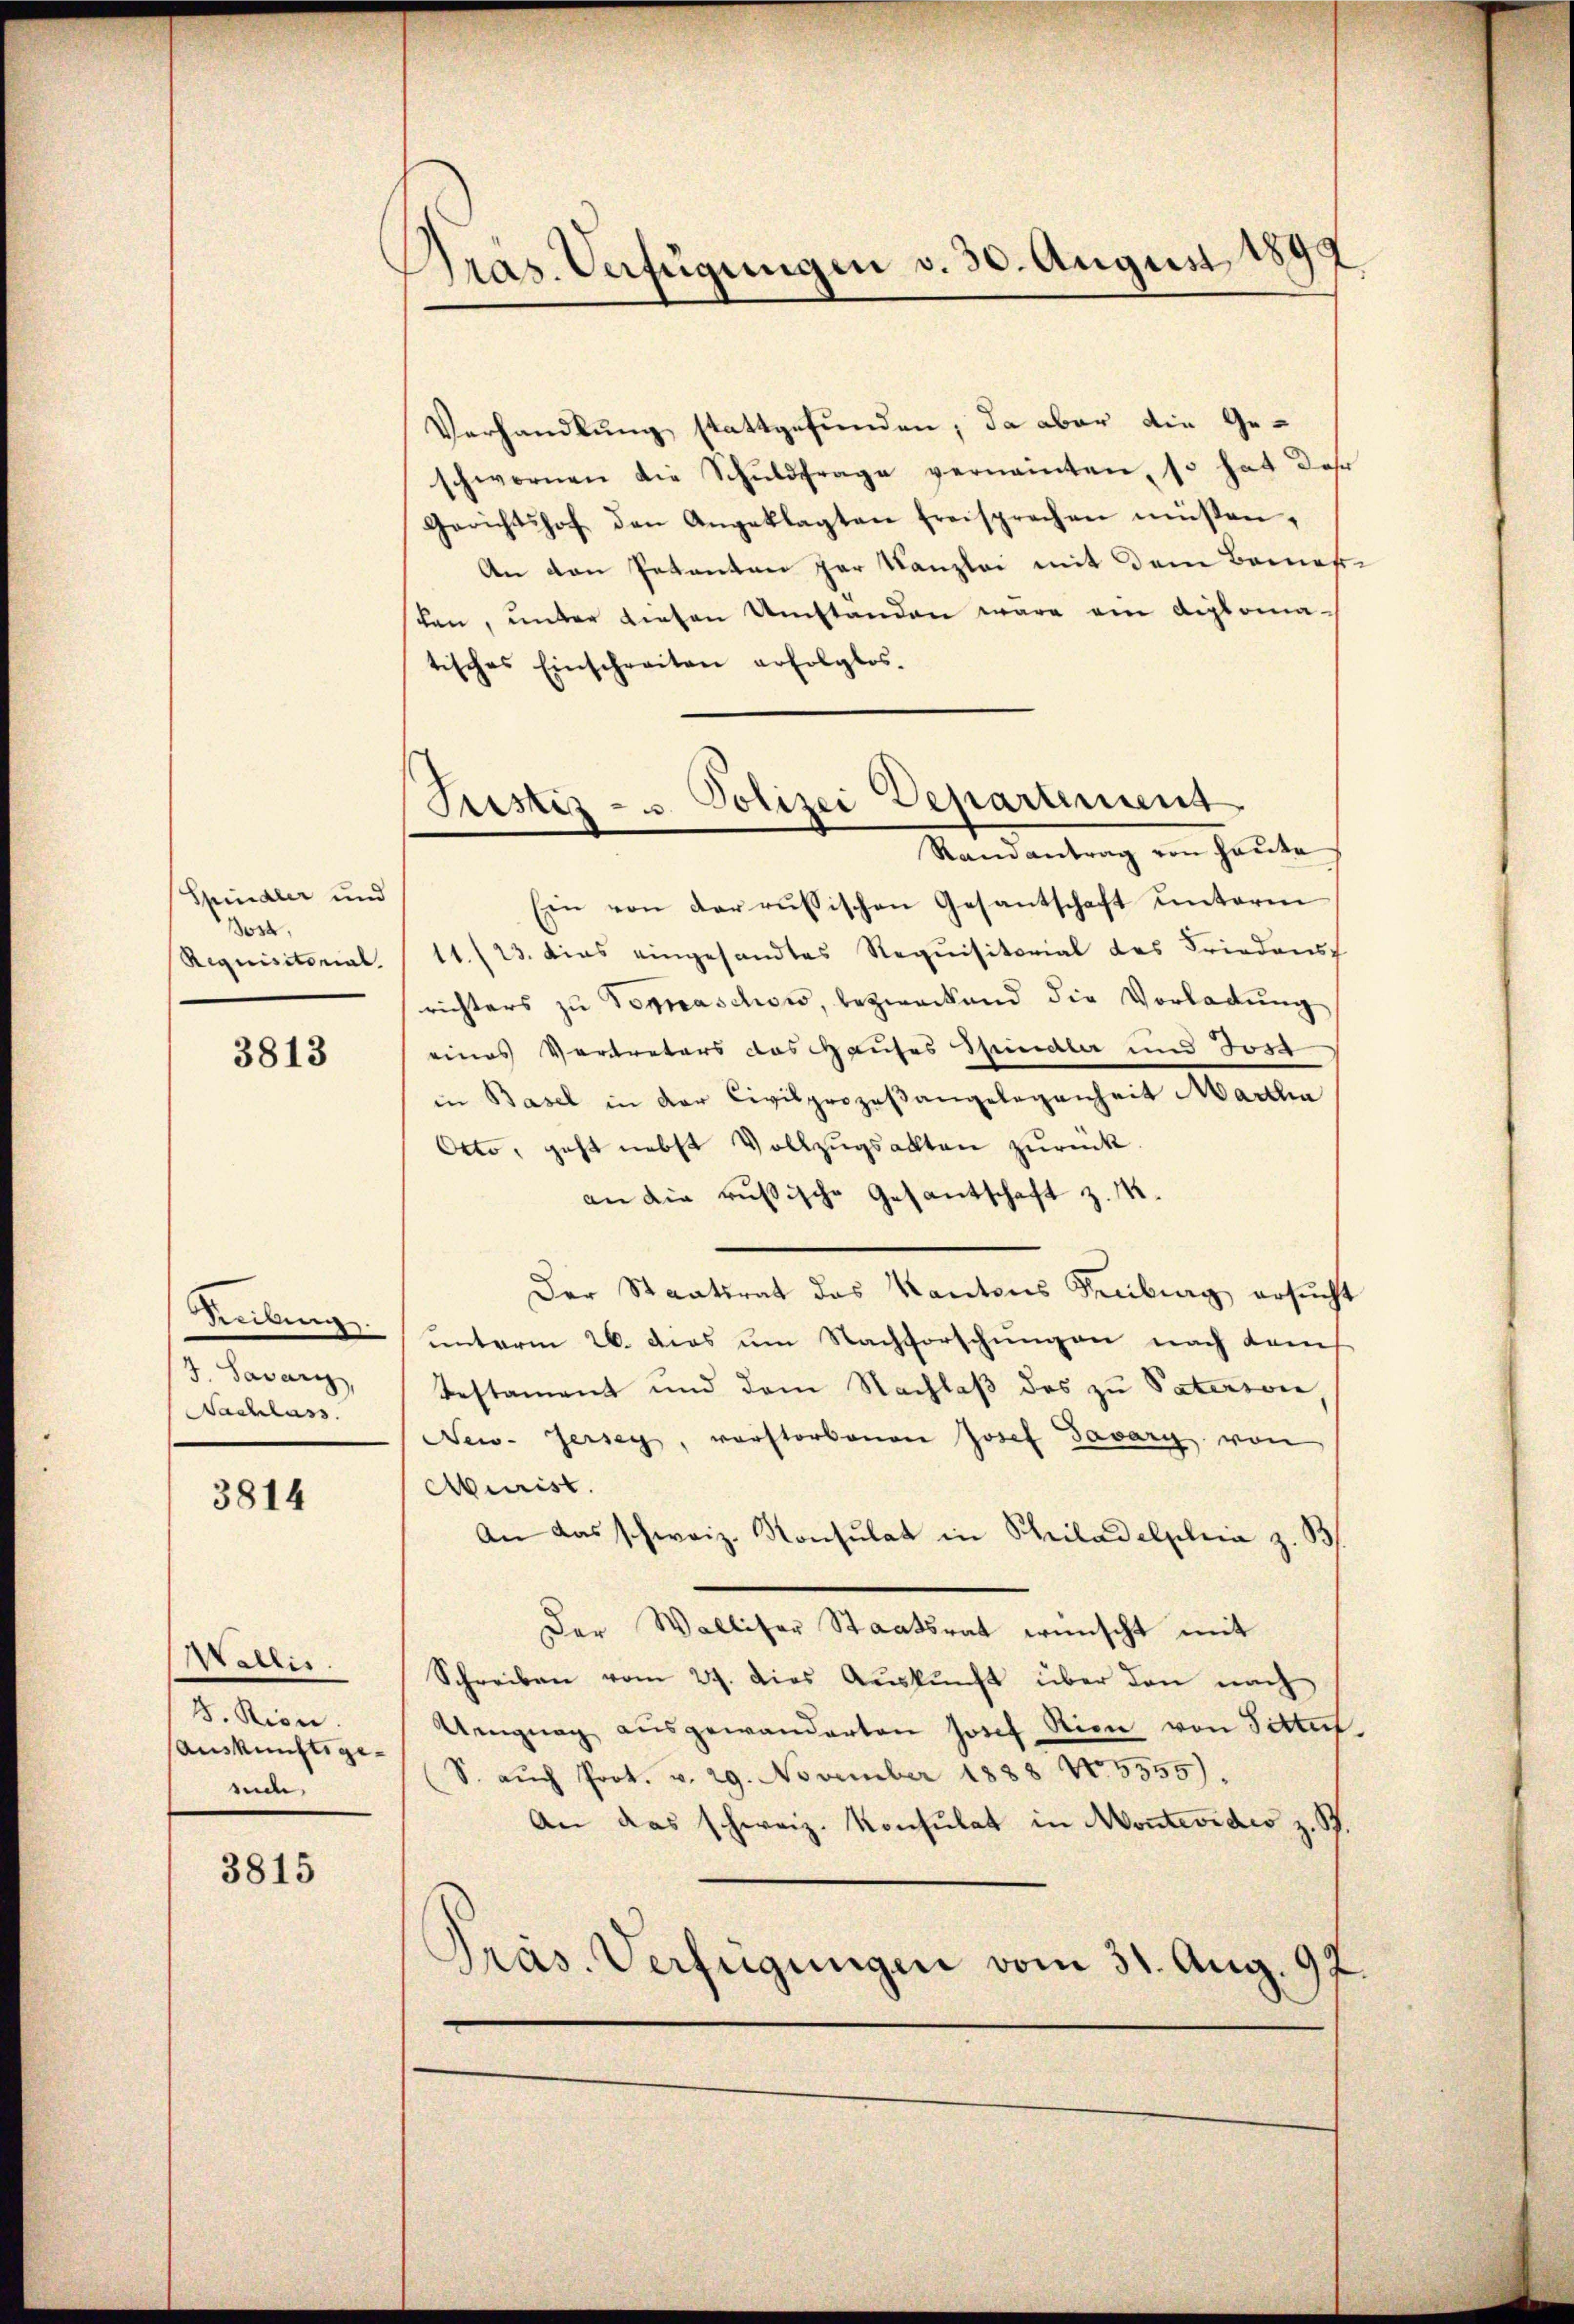
Spindler und
ost,
Requisitorial.

3813

Tübing
J. Savary,
Nachlass.

3814

Wallis.
J. Rion
Auskunftsgeside

3815

Pras. Verfügungen v. 30. August 1899

Justiz- & Polizei Departement

Verhandlung stattgefunden, da aber die Geschwornen die Schŭldfrage vernannten, so hat das
Gerichtshof den Angeklagten freisprechen müsten,
An den Petenten per Kanzlei mit dem Bemessten, ŭnter diesen Umstanden wäre ein Diplomatisches Einschreiten erfolglos.
Randantrag von heute
Ein von der russischen Gesantschaft unterm
11./23. dies eingesandtes Requisitorial des Friedens
richters zu Tomaschon, bezweckend die Vorladung
eines Vertreters das Hauses Spindler und Jos
in Basel in der Civilprozeßangelegenheit Martha
Otto, geht nebst Vollzugsalten zurück
an die russische Gesantschaft z. 1.
Der Staatsrat des Kantons Freibung ersucht
unterm 26. das um Nachforschungen nach dem
Testament und dem Nachlaβ des zŭ Paterson,
New-Jersey, verstorbenen Josef Savary von
Murist.
An das schweiz. Konsulat in Schriladelphia z. B.
Der Walliser Staatsrat wünscht mit
Schreiben vom 27. dies Aŭskŭnft über den nach
Ungnag aŭsgewanderten Josef Stien von Sittert
S. auch Prot. v. 29. November 1888 No. 5555).
An das schweiz. Konsulat in Montevides z. B.
Präs. Verfügungen vom 31. Aug. 97.